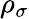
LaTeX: \rho_{\sigma}